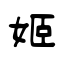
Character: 姬